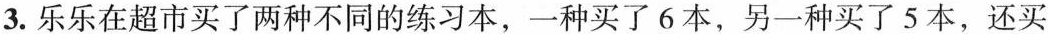
3. 乐乐在超市买了两种不同的练习本，一种买了6本，另一种买了5本，还买